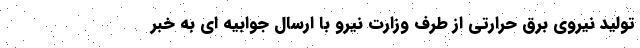
تولید نیروی برق حرارتی از طرف وزارت نیرو با ارسال جوابیه ای به خبر